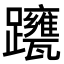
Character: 𨇹